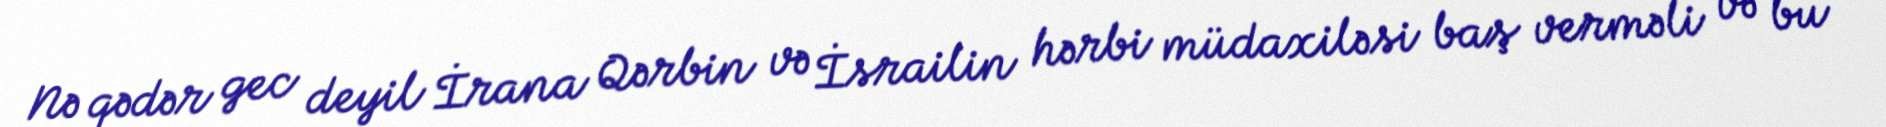
Nə qədər gec deyil İrana Qərbin və İsrailin hərbi müdaxiləsi baş verməli və bu